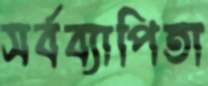
সর্বব্যাপিতা